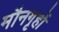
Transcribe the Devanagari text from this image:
मौनगृहों